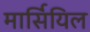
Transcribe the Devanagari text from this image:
मार्सियिल